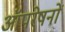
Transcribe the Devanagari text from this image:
आॅपरेषनों